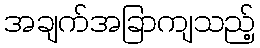
အချက်အခြာကျသည့်